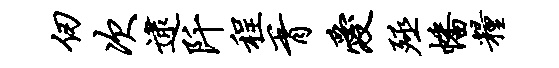
仞次逮阡程胥爱殛幡粮